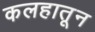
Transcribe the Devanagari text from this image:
कलहातून